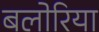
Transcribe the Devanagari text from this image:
बलोरिया